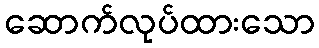
ဆောက်လုပ်ထားသော